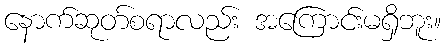
နောက်ဆုတ်စရာလည်း အကြောင်းမရှိဘူး။